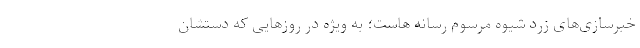
خبرسازی‌های زرد شیوه مرسوم رسانه هاست؛ به ویژه در روز‌هایی که دستشان